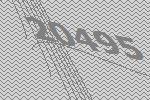
20495